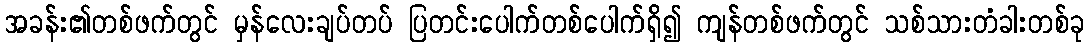
အခန်း၏တစ်ဖက်တွင် မှန်လေးချပ်တပ် ပြတင်းပေါက်တစ်ပေါက်ရှိ၍ ကျန်တစ်ဖက်တွင် သစ်သားတံခါးတစ်ခု